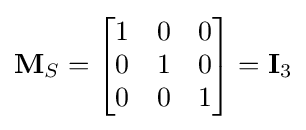
\mathbf {M} _{S}={\begin{bmatrix}1&0&0\\0&1&0\\0&0&1\end{bmatrix}}=\mathbf {I} _{3}